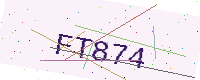
Text: FT874